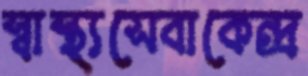
স্বাস্থ্যসেবাকেন্দ্র